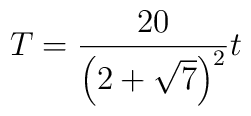
T={20\over \left(2+\sqrt{7}\right)^2}t